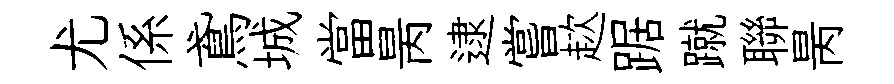
尤係鳶城當昺逮嘗趑踞蹴聯昺